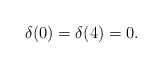
\begin{align*}\delta(0)=\delta(4)=0.\end{align*}